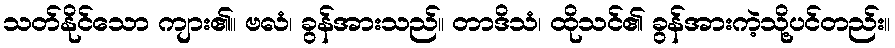
သတ်နိုင်သော ကျား၏။ ဗလံ၊ ခွန်အားသည်။ တာဒိသံ၊ ထိုသင်၏ ခွန်အားကဲ့သို့ပင်တည်း။